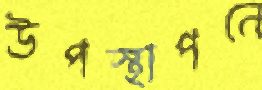
উপস্থাপনে